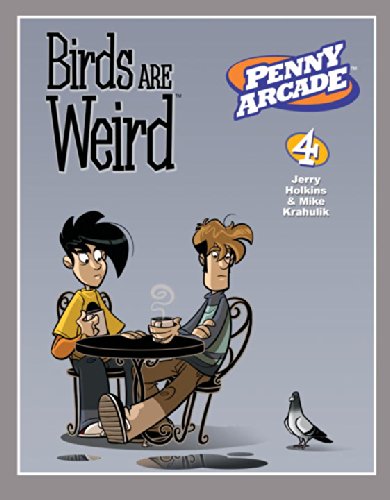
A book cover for Penny Arcade Volume 4: Birds Are Weird; Jerry Holkins; Humor & Entertainment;